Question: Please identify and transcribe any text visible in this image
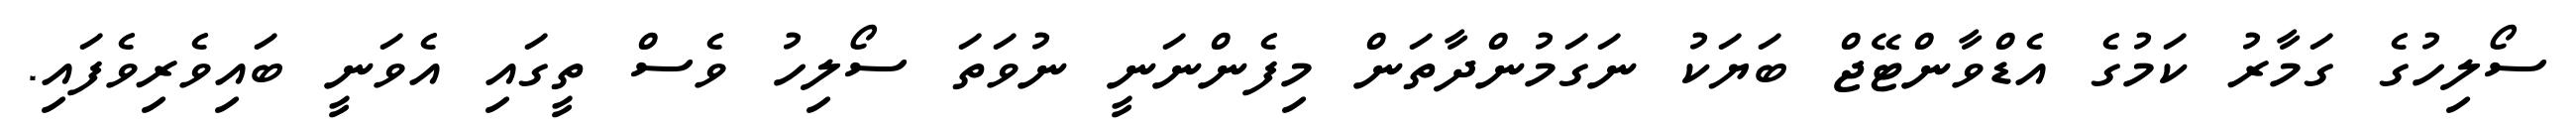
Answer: ސޯލިހުގެ ގަމާރު ކަމުގެ އެޑްވާންޓޭޖް ބަޔަކު ނަގަމުންދާތަން މިފެންނަނީ ނުވަތަ ސޯލިހު ވެސް ތީގައި އެވަނީ ބައިވެރިވެފައި.